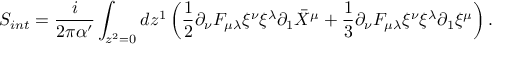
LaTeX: S _ { i n t } = \frac { i } { 2 \pi \alpha ^ { \prime } } \int _ { z ^ { 2 } = 0 } d z ^ { 1 } \left( \frac { 1 } { 2 } \partial _ { \nu } F _ { \mu \lambda } \xi ^ { \nu } \xi ^ { \lambda } \partial _ { 1 } \bar { X } ^ { \mu } + \frac { 1 } { 3 } \partial _ { \nu } F _ { \mu \lambda } \xi ^ { \nu } \xi ^ { \lambda } \partial _ { 1 } \xi ^ { \mu } \right) .